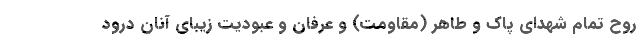
روح تمام شهدای پاک و طاهر (مقاومت) و عرفان و عبودیت زیبای آنان درود